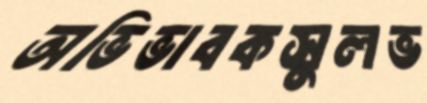
অভিভাবকসুলভ